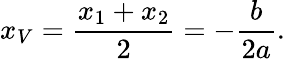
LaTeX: x_{V}={\frac{x_{1}+x_{2}}{2}}=-{\frac{b}{2a}}.